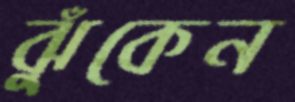
ঝুঁকেন